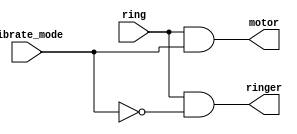
module top_module (
    input ring,
    input vibrate_mode,
    output ringer,       // Make sound
    output motor         // Vibrate
);
    // Quando o som deve ligar? Quando (o telefone est tocando) e (o telefone no est no modo vibrar) 
    assign ringer = ring & ~vibrate_mode;
    // Quando o motor deve ligar? Quando (o telefone est tocando) e (o telefone est no modo vibrar)
    assign motor  = ring &  vibrate_mode;
endmodule